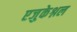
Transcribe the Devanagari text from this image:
एजुकेश्नल